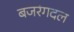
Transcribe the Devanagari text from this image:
बजरंगदल